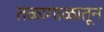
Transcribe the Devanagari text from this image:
तळागाळातून